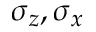
\sigma _ { z } , \sigma _ { x }